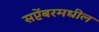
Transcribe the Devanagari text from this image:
सप्टेंबरमधील